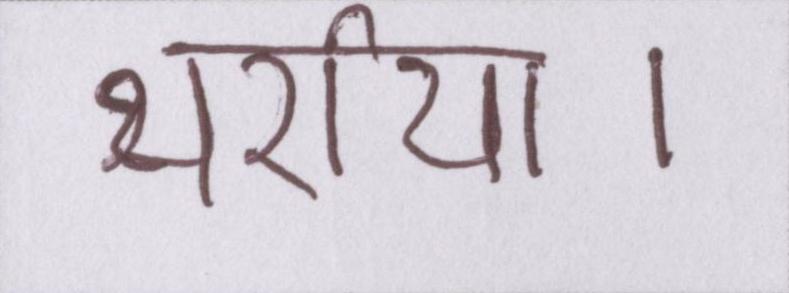
थर्राया।